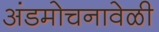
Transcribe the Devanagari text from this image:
अंडमोचनावेळी